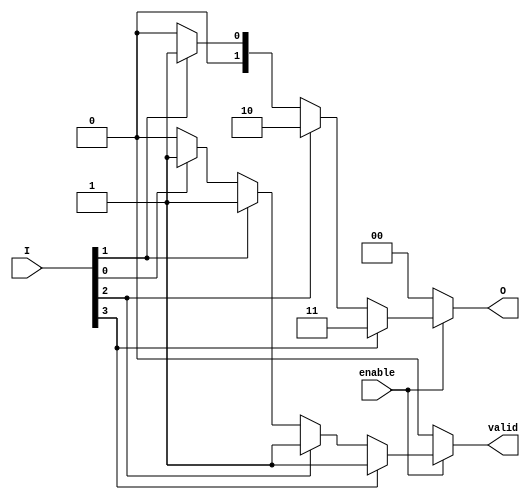
module priority_encoder (
    input wire [3:0] I,     // 4-bit input
    input wire enable,      // Enable signal
    output reg [1:0] O,     // 2-bit output for the highest priority index
    output reg valid        // Output indicates if any input is active
);

    always @(*) begin
        // Default values
        O = 2'b00;     // Default to zero
        valid = 1'b0;  // Default to invalid

        if (enable) begin
            // Check inputs from highest priority to lowest
            if (I[3]) begin
                O = 2'b11; // Output for I[3]
                valid = 1'b1;
            end else if (I[2]) begin
                O = 2'b10; // Output for I[2]
                valid = 1'b1;
            end else if (I[1]) begin
                O = 2'b01; // Output for I[1]
                valid = 1'b1;
            end else if (I[0]) begin
                O = 2'b00; // Output for I[0]
                valid = 1'b1;
            end
            // If all inputs are low, O remains 00 and valid is 0
        end else begin
            // If not enabled, set valid to 0 regardless of the inputs
            O = 2'b00;
            valid = 1'b0;
        end
    end
endmodule